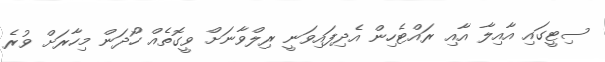
ސިޓީގައި އާއިލާ އާއި ރައްޓެހިން އެދިފައިވަނީ ރިލްވާނަށް ވީގޮތެއް ހޯދަން މިހާރަށް ވުރެ